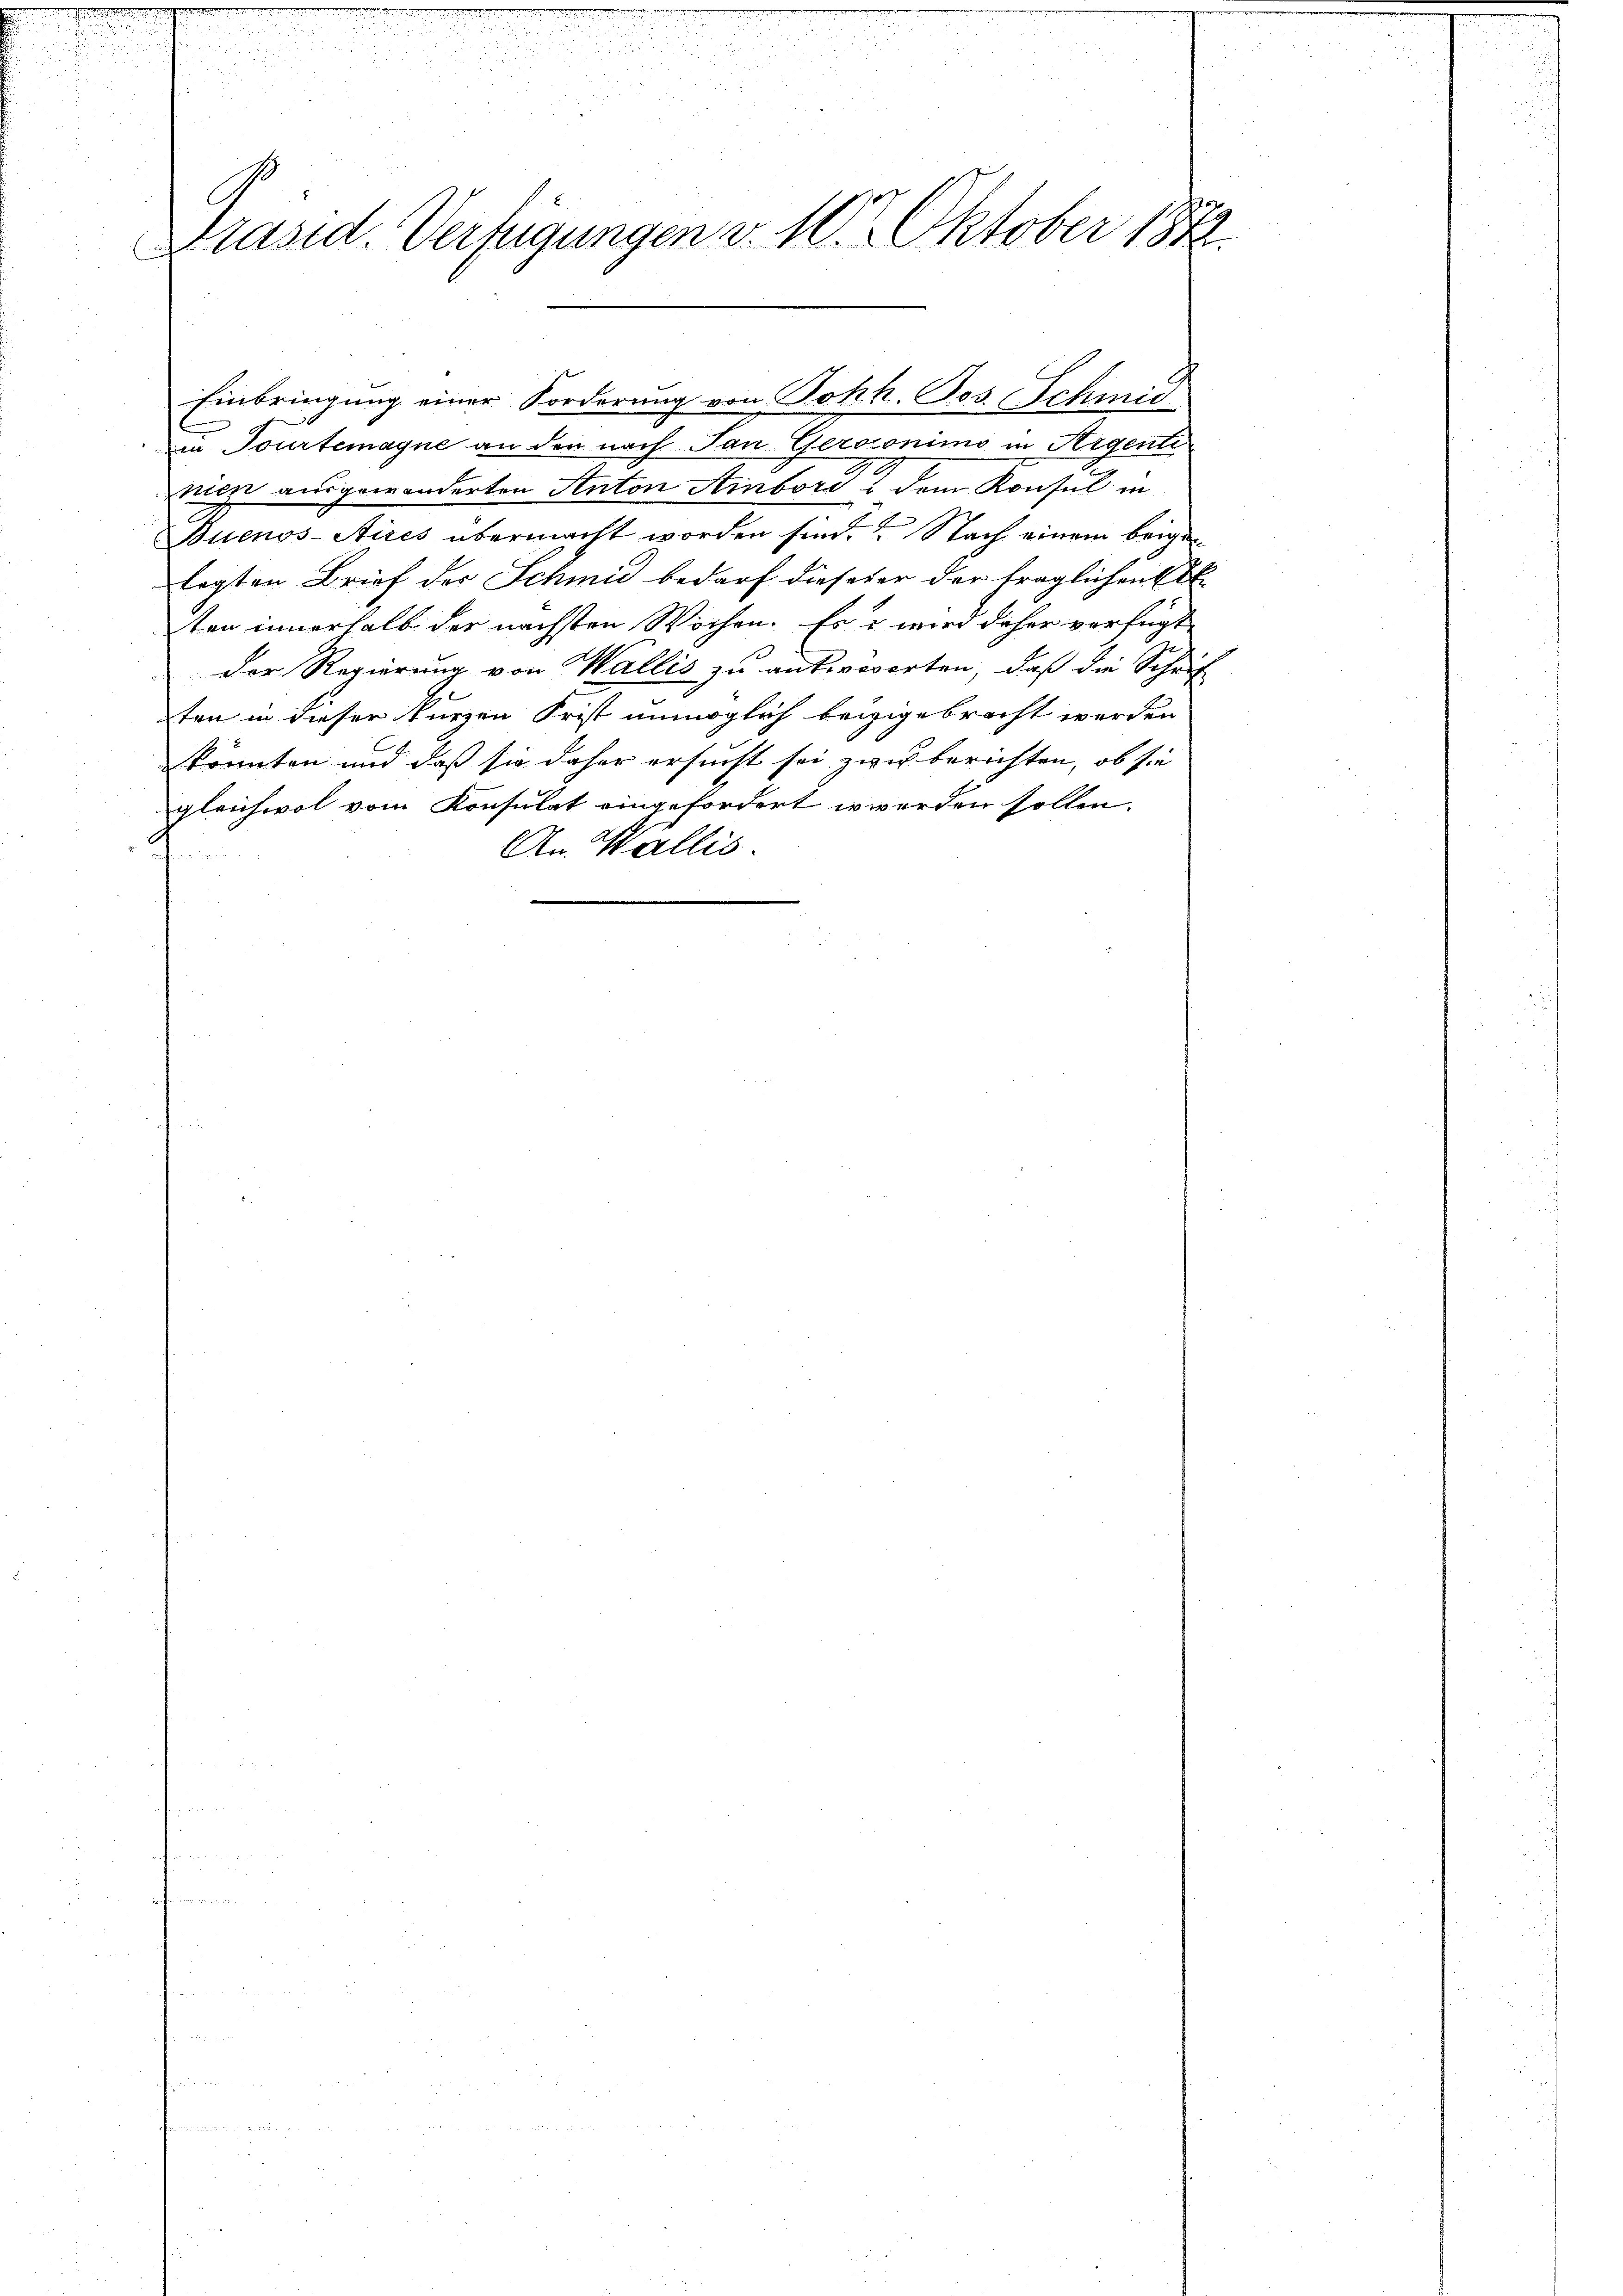
Präsid. Verfügungen d. 10. Oktober 1872.

Einbringung einer Forderung von Joh. Jos. Schmid
in Tourtemagne an den nach Jan Gerdronimo in Argente
nicze ausgewanderten Anton Ainbord dem Konsul in
Buenos-Aires übermacht worden sind. Nach einem beige
legten Brief der Schmid bedarf diesener der fraglichen E
ten innerhalb der nächsten Wochen. Es wird daher verfügt
der Regierung von Wallis zu antworten, daß die Schrif
ten in dieser kurzen Frist unmöglich beizigebracht werden
könnten und daß sie daher ersucht sei zwei berichten, ob sie
gleichwol vom Konsulat eingefordert er werden sollen.
An Wallis.